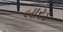
બારડ